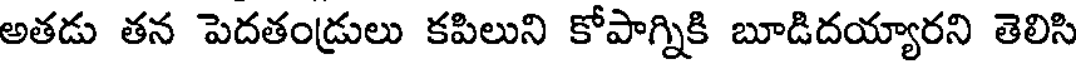
అతడు తన పెదతండ్రులు కపిలుని కోపాగ్నికి బూడిదయ్యారని తెలిసి